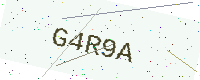
Text: G4R9A